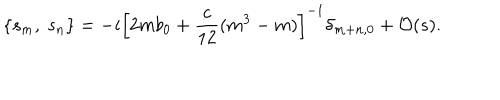
\left\{ s _ { m } , \ s _ { n } \right\} = - i \left[ 2 m b _ { 0 } + \frac { c } { 1 2 } ( m ^ { 3 } - m ) \right] ^ { - 1 } \delta _ { m + n , 0 } + { \cal O } ( s ) .